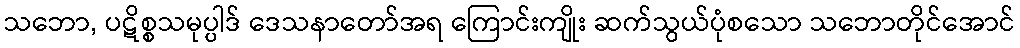
သဘော, ပဋိစ္စသမုပ္ပါဒ် ဒေသနာတော်အရ ကြောင်းကျိုး ဆက်သွယ်ပုံစသော သဘောတိုင်အောင်